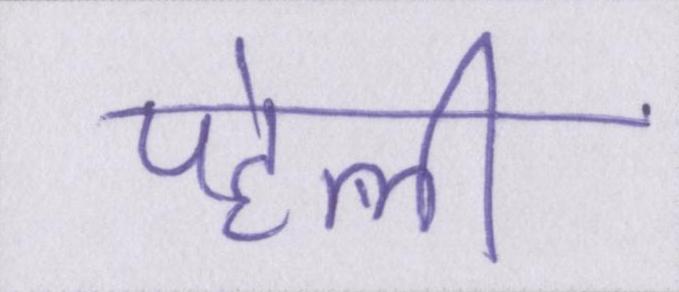
पहेली